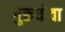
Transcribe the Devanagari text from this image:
गुरूधोवा